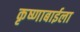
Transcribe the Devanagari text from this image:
कृष्णाबाईला